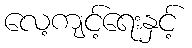
လေ့ကျင့်ရေးနှင့်